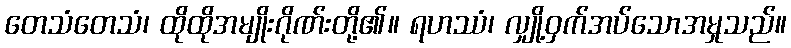
တေသံတေသံ၊ ထိုထိုအမျိုးဂိုဏ်းတို့၏။ ရဟဿံ၊ လျှို့ဝှက်အပ်သောအမှုသည်။